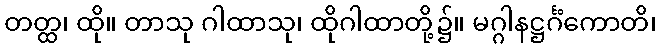
တတ္ထ၊ ထို။ တာသု ဂါထာသု၊ ထိုဂါထာတို့၌။ မဂ္ဂါနဋ္ဌင်္ဂံကောတိ၊